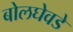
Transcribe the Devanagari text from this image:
बोलघेवडे